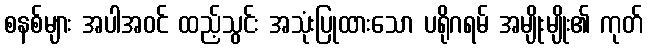
စနစ်များ အပါအဝင် ထည့်သွင်း အသုံးပြုထားသော ပရိုဂရမ် အမျိုးမျိုး၏ ကုတ်